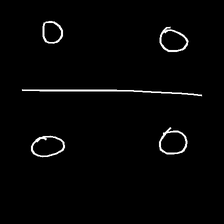
Glyph: cool